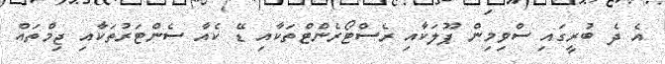
އެ ދެ ބުރީގައި ސްވިމިން ޕޫލަކާއި ރެސްޓޯރެންޓްތަކާއި ޑޭ ކެއާ ސެންޓަރުތަކާއި ޖިމްތައް